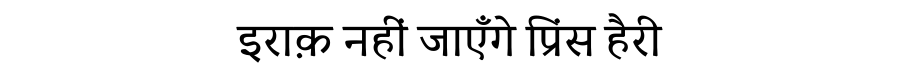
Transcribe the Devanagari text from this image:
इराक़ नहीं जाएँगे प्रिंस हैरी